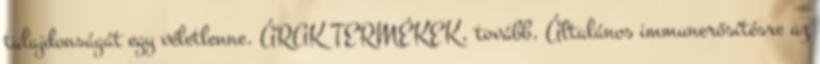
tulajdonságát egy véletlenne. ÁRAK TERMÉKEK, tovább. Általános immunerősítésre az